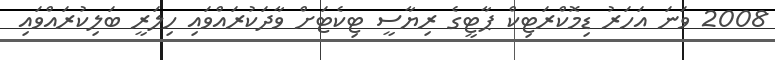
2008 ވަނަ އަހަރު ޑިމޮކްރަޓިކް ޕާޓީގެ ރިޔާސީ ޓިކެޓަށް ވާދަކުރައްވައި ހިލަރީ ބަލިކުރައްވައި